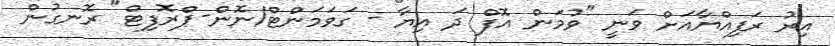
އިރު ރަފިއްޔާއަށް ވަނީ "ވުމަން އޮފް ދަ އިޔާ - ގަވަމަންޓް/ނޮން-ޕްރޮފިޓް" ރޮނގުން